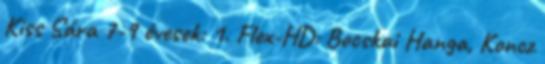
Kiss Sára 7-9 évesek: 1. Flex-HD: Bocskai Hanga, Koncz